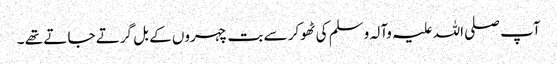
آپ صلی اللہ علیہ وآلہ وسلم کی ٹھوکر سے بت چہروں کے بل گرتے جا تے تھے ۔